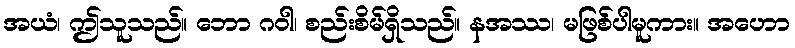
အယံ၊ ဤသူသည်။ ဘော ဂဝါ၊ စည်းစိမ်ရှိသည်။ နအဿ၊ မဖြစ်ပါမူကား။ အဟော